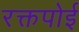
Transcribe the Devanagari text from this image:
रक्तपोई